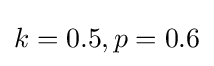
k=0.5,p=0.6